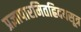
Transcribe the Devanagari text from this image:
प्रज्ञापारमितह्रिदयसूत्र